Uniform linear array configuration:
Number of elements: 24
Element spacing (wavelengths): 0.75
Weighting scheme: hamming
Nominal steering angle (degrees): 45
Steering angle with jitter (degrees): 44.382
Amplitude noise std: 0.05
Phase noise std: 0.05

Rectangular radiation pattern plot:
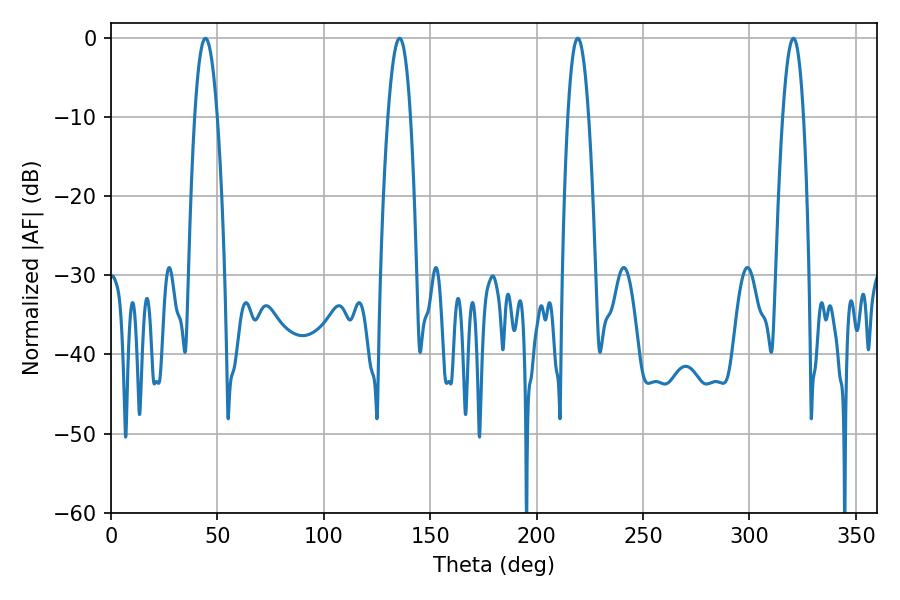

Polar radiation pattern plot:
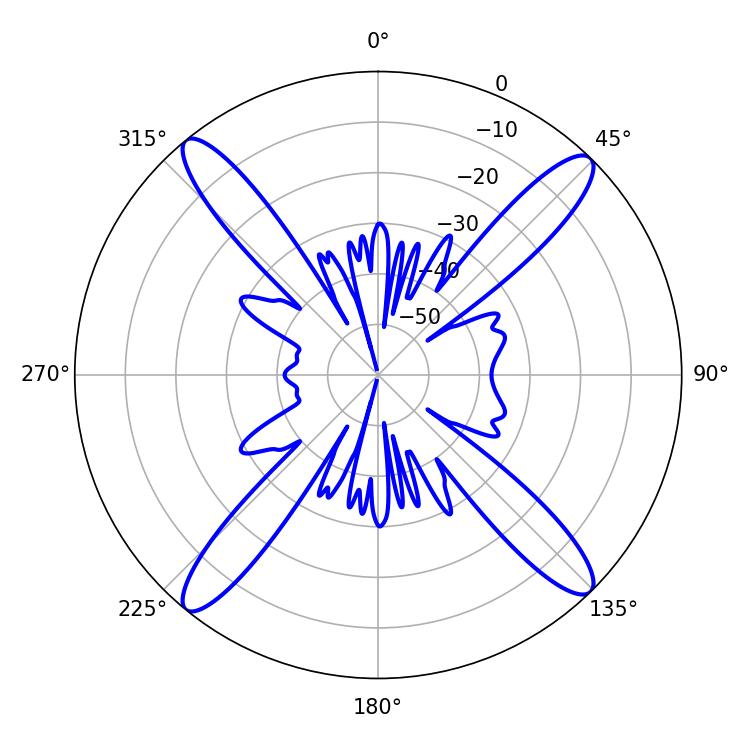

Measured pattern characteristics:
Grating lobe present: TRUE
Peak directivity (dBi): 18.999
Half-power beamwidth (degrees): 5.76
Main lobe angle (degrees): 44.46